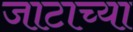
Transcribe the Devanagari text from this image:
जाटाच्या